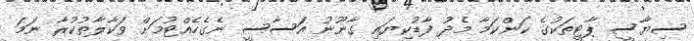
ސިޔާސީ ޕާޓީތަކުގެ ކަންކަމާ މެދު ފާޑުކިޔައި ގާނޫނު އަސާސީ ނެގެހެއްޓުމަށް ވަކާލާތުކުރާ ނަމަ